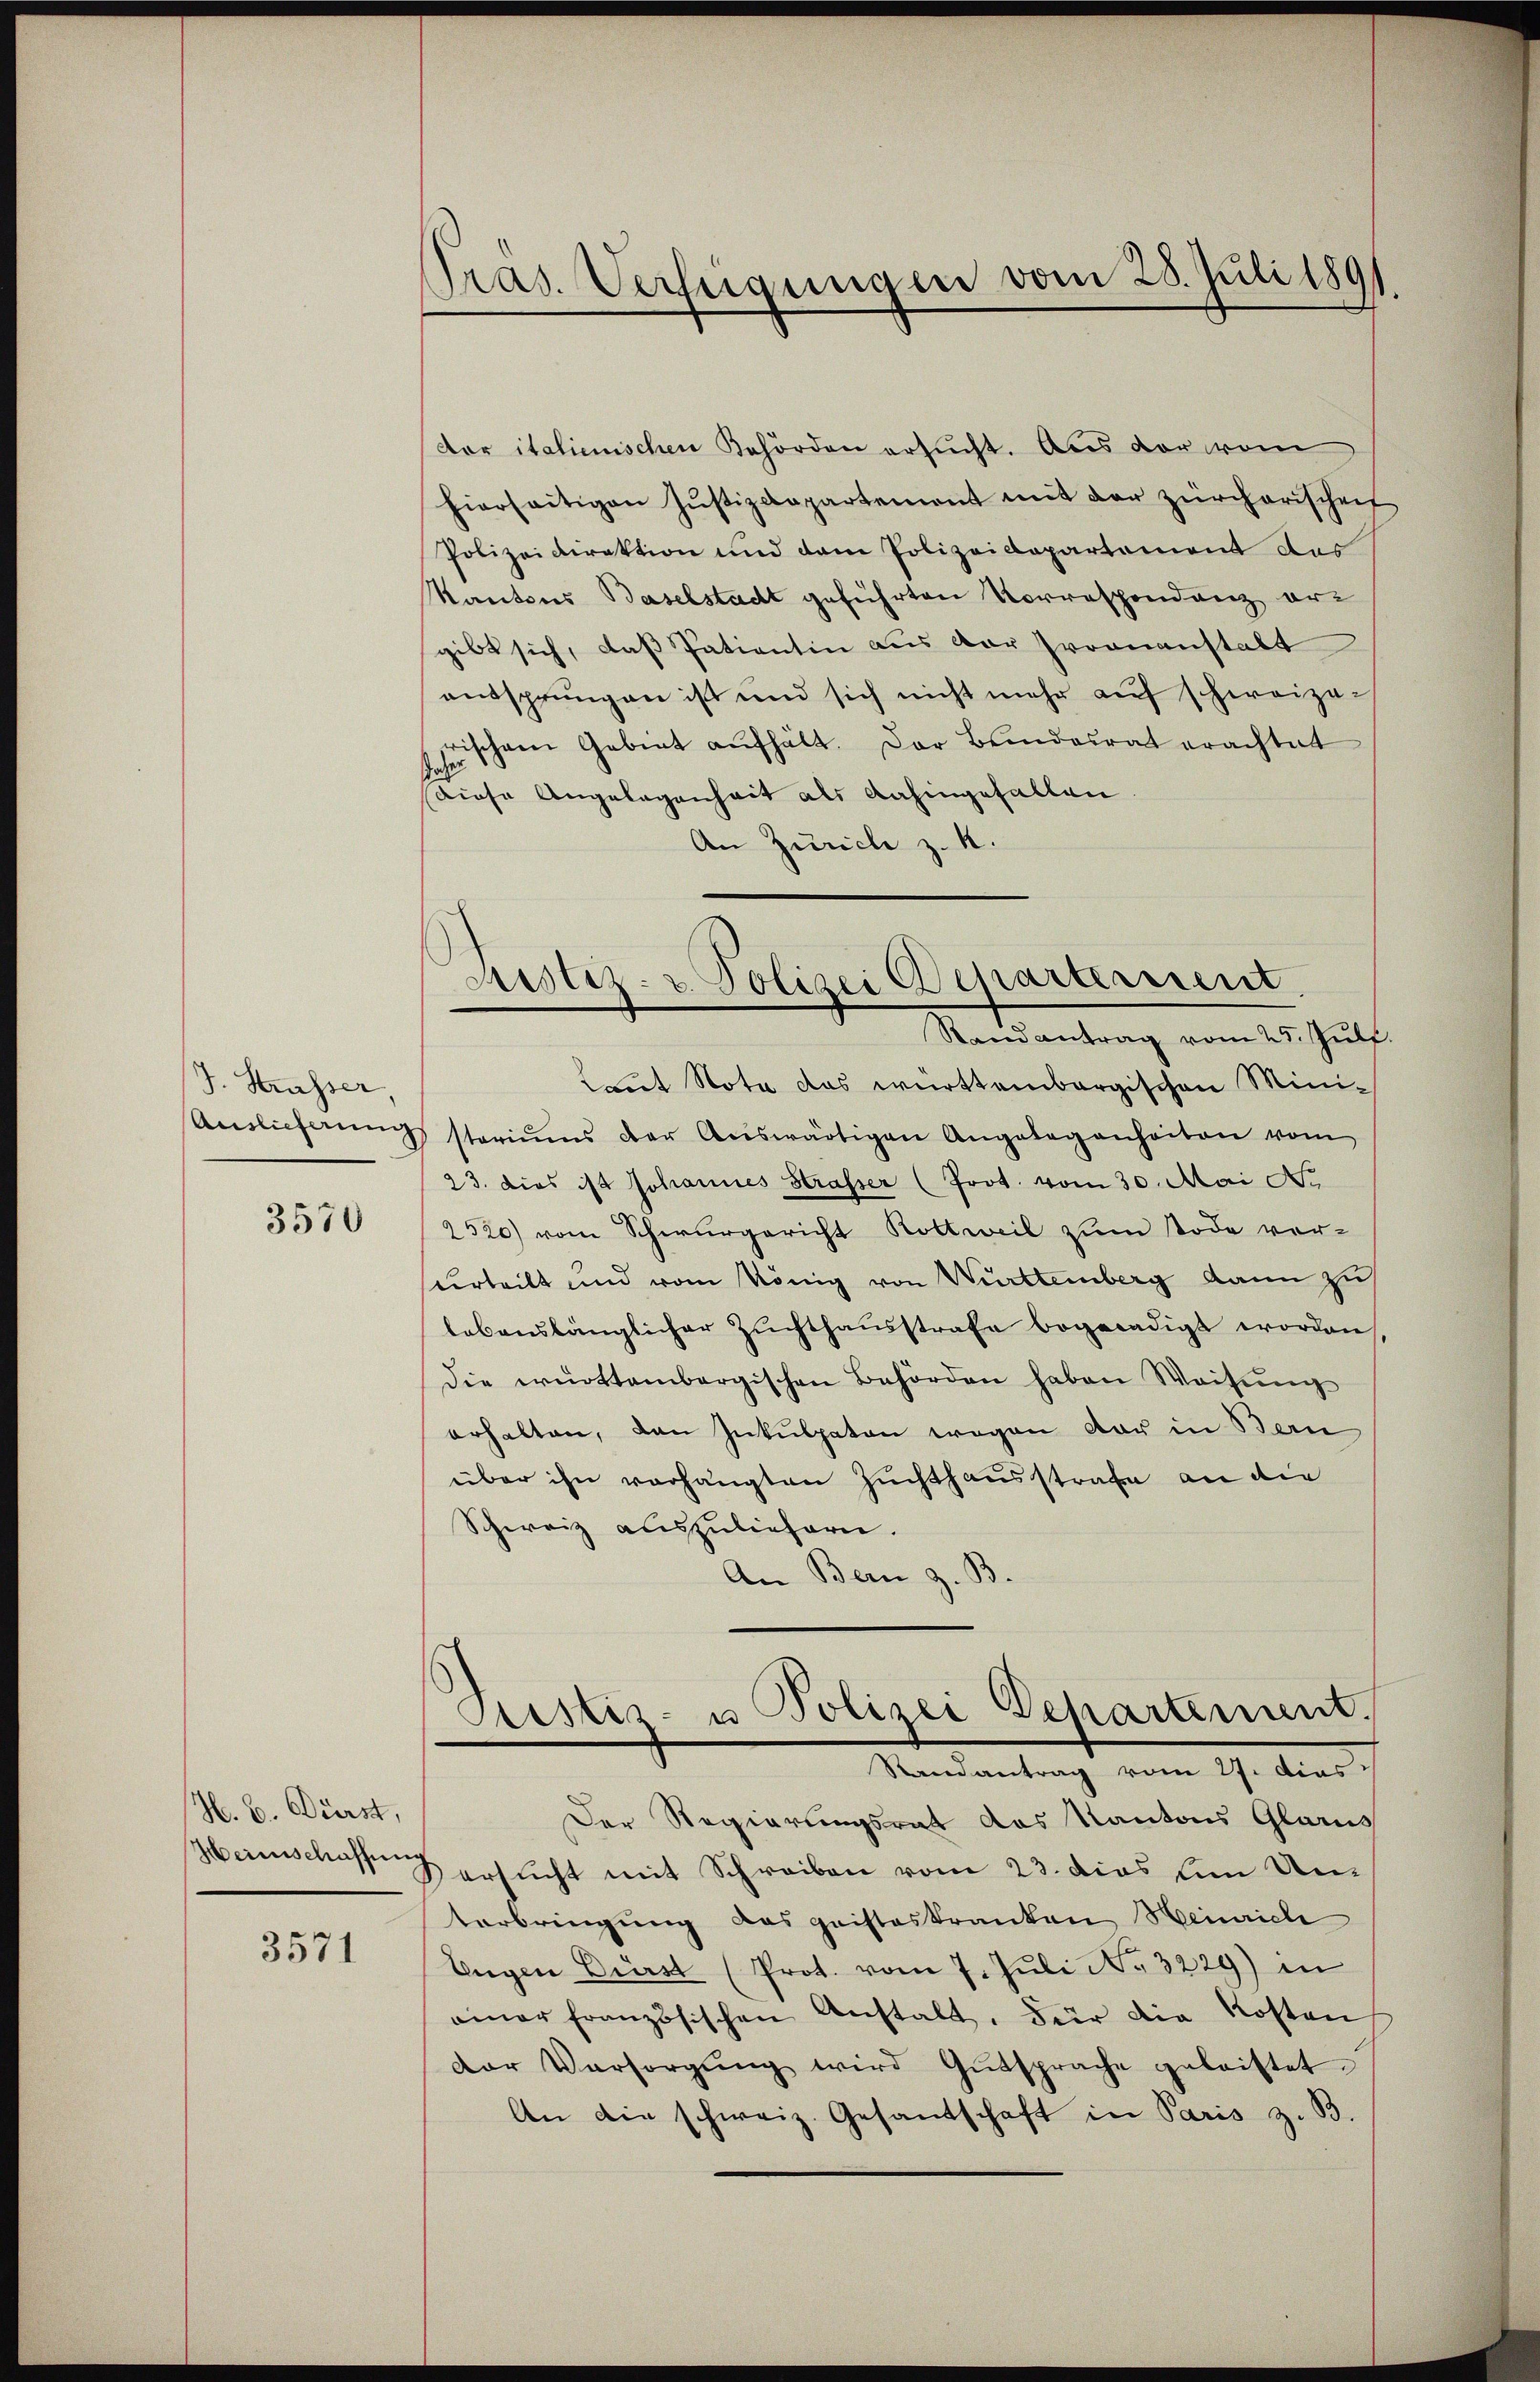
J. Strasser,

3570

H. b. Dürst,

3571

Pras. Verfügungen vom 28. Juli 1891.

der italienischen Behörden ersucht. Aus der vom
hierseitigen Jŭstizdepartement mit der zürcherischen
Polizeidirektion und dem Polizeidepartement des
Kantons Baselstadt geführten Vorrespondanz ergibt sich, daß Patientin aus der proonanstalt
aussprungen ist und sich nicht mehr auf schweize-
erschen Gebiet aufhält. Der Bundesrat erachtet
Diese Angelegenheit als dahingefallen
An Zürich z. R.
Laut Nota das württembergischen Mini-
Auslieferŭng stariums der Aŭswärtigen Angelegenheiten vom
23. dies ist Johannes Strasser (Prot. vom 30. Mai No
2520) vom Schwurgericht Rottweil zum Tode ver-
surteilt und vom König von Württemberg dann zu
lebenslänglicher Zŭchthaŭsstrafe begnadigt worden,
die württembergischen Behörden haben Weisŭng
erhalten, den Inkulpaten wegen der in Bern
über ihn vorhängten Zuchthausstrafe an die
Schweiz auszuliefern.
An Bern z. B
Justiz- u Polizei Departement.
Randantrag vom 27. dies
Der Regierungsrat das Kantons Glarus
Herenschaft ersŭcht mit Schreiben vom 23. dies um Unterbringung das gaisteskranken Heinrich
Eugen Bürst (Prot. vom 7. Jŭli No 3229) in
einer französischen Anstalt. Für die Kosten
Der Versorgŭng wird Gutsprache geleistet.
An die schweiz. Gesandschaft in Paris z. B.

Justiz- & Polizei Departement.
Randantrag vom 25. Jul.